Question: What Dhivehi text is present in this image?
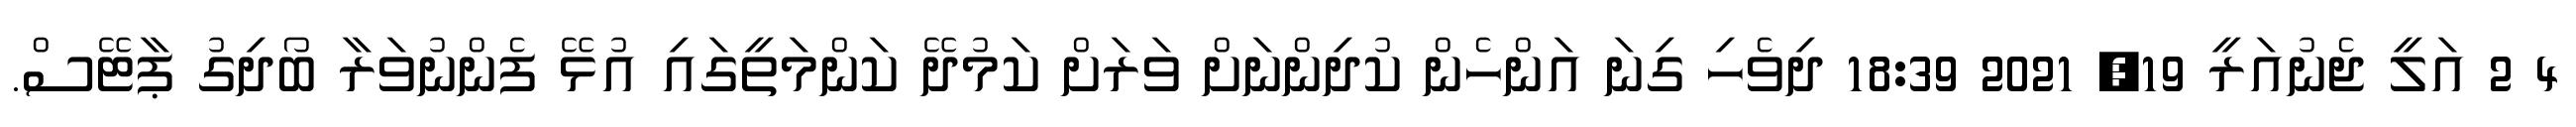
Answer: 4 2 އަލީ ޖެނުއަރީ 19, 2021 18:39 ދިވެހި ގިނަ އަންހެން ކުދިންނަށް ވަރަށް ކަމުދޭ ކަންމަތީގައި އުޅޭ ފެންނުވަރާ ބޯދިގު ޕާޓޭސް.